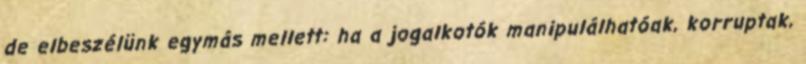
de elbeszélünk egymás mellett: ha a jogalkotók manipulálhatóak, korruptak,